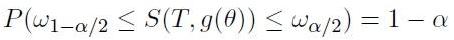
\[
P(\omega_{1 - \alpha/2} \leq S(T, g(\theta)) \leq \omega_{\alpha/2}) = 1 - \alpha
\]